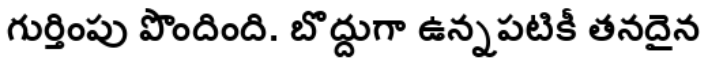
గుర్తింపు పొందింది. బొద్దుగా ఉన్నపటికీ తనదైన